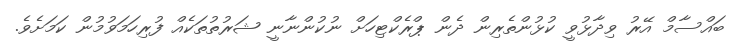
ބައްސާމް އޭރު ވިދާޅުވީ ކުޅުންތެރިން ދެން ޕްރެކްޓިހަށް ނުކުންނާނީ ޝަރުތުތަކެއް ފުރިހަމަވުމުން ކަމަށެވެ.